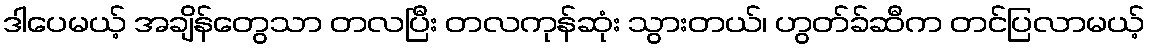
ဒါပေမယ့် အချိန်တွေသာ တလပြီး တလကုန်ဆုံး သွားတယ်၊ ဟွတ်ခ်ဆီက တင်ပြလာမယ့်